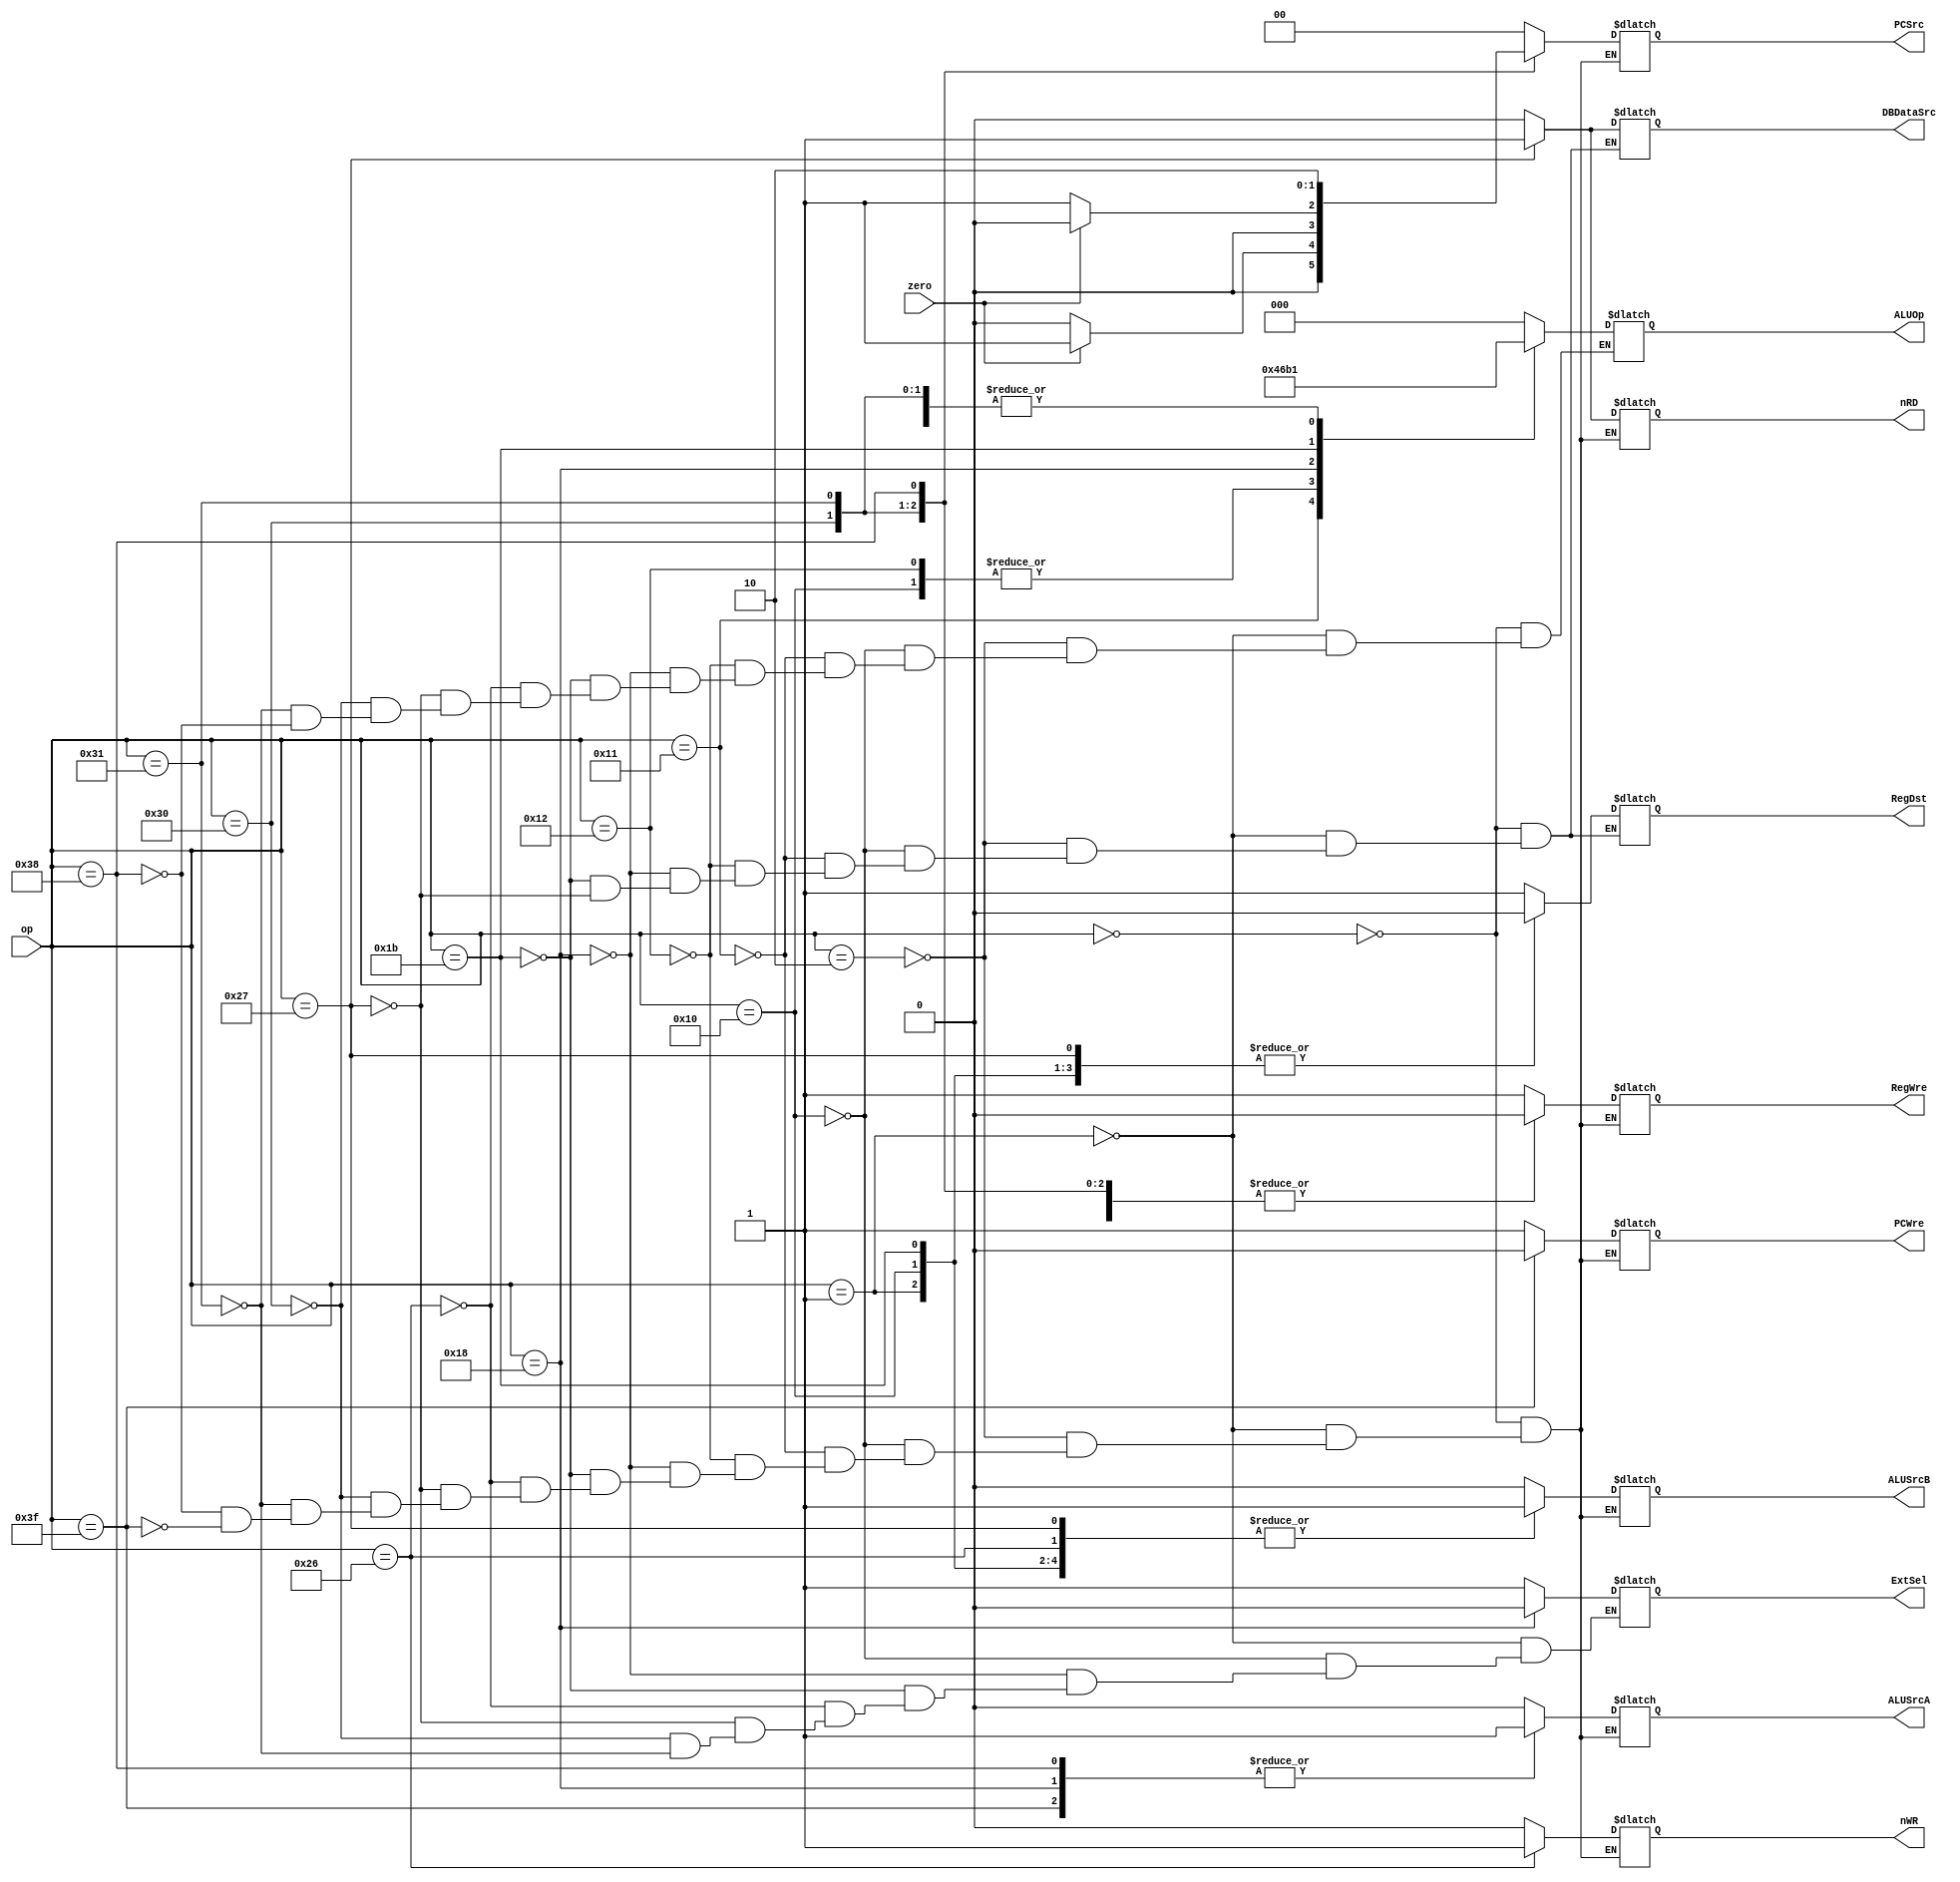
`timescale 1ns / 1ps
//////////////////////////////////////////////////////////////////////////////////
// Company: 
// Engineer: 
// 
// Design Name: 
// Module Name: Control_Unit
// Project Name: 
// Target Devices: 
// Tool Versions: 
// Description: 
// 
// Dependencies: 
// 
// Revision:
// Revision 0.01 - File Created
// Additional Comments:
// 
//////////////////////////////////////////////////////////////////////////////////


module Control_Unit(
    input [5:0] op,
    input zero,
    output reg PCWre,
    output reg ALUSrcA,
    output reg ALUSrcB,
    output reg DBDataSrc,
    output reg RegWre,
    output reg nRD,
    output reg nWR,
    output reg RegDst,
    output reg ExtSel,
    output reg [1:0] PCSrc,
    output reg [2:0] ALUOp
);
    initial begin
        PCWre = 1;
        PCSrc = 2'b00;
    end
    
    always @(op or zero) begin
        case(op)
            6'b000000 : begin //add
                PCWre <= 1;
                ALUSrcA <= 0;
                ALUSrcB <= 0;
                DBDataSrc <= 0;
                RegWre <= 1;
                nRD <= 0;
                nWR <= 0;
                RegDst <= 1; 
                PCSrc = 2'b00;
                ALUOp = 3'b000;
            end
            6'b000001 : begin //addi
                PCWre <= 1;
                ALUSrcA <= 0;
                ALUSrcB <= 1;
                DBDataSrc <= 0;
                RegWre <= 1;
                nRD <= 0;
                nWR <= 0;
                RegDst <= 0;
                ExtSel <= 1;
                PCSrc = 2'b00;
                ALUOp = 3'b000;
            end
            6'b000010 : begin //sub
                PCWre <= 1;
                ALUSrcA <= 0;
                ALUSrcB <= 0;
                DBDataSrc <= 0;
                RegWre <= 1;
                nRD <= 0;
                nWR <= 0;
                RegDst <= 1;
                PCSrc = 2'b00;
                ALUOp = 3'b001;
            end
            6'b010000 : begin //ori
                PCWre <= 1;
                ALUSrcA <= 0;
                ALUSrcB <= 1;
                DBDataSrc <= 0;
                RegWre <= 1;
                nRD <= 0;
                nWR <= 0;
                RegDst <= 0;
                ExtSel <= 1;
                PCSrc = 2'b00;
                ALUOp = 3'b011;
            end
            6'b010001 : begin //and
                PCWre <= 1;
                ALUSrcA <= 0;
                ALUSrcB <= 0;
                DBDataSrc <= 0;
                RegWre <= 1;
                nRD <= 0;
                nWR <= 0;
                RegDst <= 1;
                PCSrc = 2'b00;
                ALUOp = 3'b100;
            end
            6'b010010 : begin //or
                PCWre <= 1;
                ALUSrcA <= 0;
                ALUSrcB <= 0;
                DBDataSrc <= 0;
                RegWre <= 1;
                nRD <= 0;
                nWR <= 0;
                RegDst <= 1; 
                PCSrc = 2'b00;
                ALUOp = 3'b011;
            end
            6'b011000 : begin //sll
                PCWre <= 1;
                ALUSrcA <= 1;
                ALUSrcB <= 0;
                DBDataSrc <= 0;
                RegWre <= 1;
                nRD <= 0;
                nWR <= 0;
                RegDst <= 1;
                ExtSel = 0; 
                PCSrc = 2'b00;
                ALUOp = 3'b010;
            end
            6'b011011 : begin //slti
                PCWre <= 1;
                ALUSrcA <= 0;
                ALUSrcB <= 1;
                DBDataSrc <= 0;
                RegWre <= 1;
                nRD <= 0;
                nWR <= 0;
                RegDst <= 0;
                ExtSel <= 1;
                PCSrc = 2'b00;
                ALUOp = 3'b110;
            end
            6'b100110 : begin //sw
                PCWre <= 1;
                ALUSrcA <= 0;
                ALUSrcB <= 1;
                RegWre <= 0;
                nRD <= 0;
                nWR <= 1; 
                ExtSel <= 1;
                PCSrc = 2'b00;
                ALUOp = 3'b000;
            end
            6'b100111 : begin //lw
                PCWre <= 1;
                ALUSrcA <= 0;
                ALUSrcB <= 1;
                DBDataSrc <= 1;
                RegWre <= 1;
                nRD <= 1;
                nWR <= 0;
                RegDst <= 0;
                ExtSel <= 1;
                PCSrc = 2'b00;
                ALUOp = 3'b000;
            end
            6'b110000 : begin //beq
                PCWre <= 1;
                ALUSrcA <= 0;
                ALUSrcB <= 0;
                RegWre <= 0;
                nRD <= 0;
                nWR <= 0;
                ExtSel <= 1;
                if(zero == 1) PCSrc = 2'b01;
                else PCSrc = 2'b00;
                ALUOp = 3'b001;
            end
            6'b110001 : begin //bne
                PCWre <= 1;
                ALUSrcA <= 0;
                ALUSrcB <= 0;
                RegWre <= 0;
                nRD <= 0;
                nWR <= 0;
                ExtSel <= 1; 
                if(zero == 1) PCSrc = 2'b00;
                else PCSrc = 2'b01;
                ALUOp = 3'b001;
            end
            6'b111000 : begin //j
                PCWre <= 1;
                ALUSrcA <= 1;
                ALUSrcB <= 0;
                RegWre <= 0;
                nRD <= 0;
                nWR <= 0; 
                PCSrc = 2'b10;
                ALUOp = 3'b000;
            end
            6'b111111 : begin //halt
                PCWre <= 0;
                ALUSrcA <= 1;
                ALUSrcB <= 0;
                RegWre <= 0;
                nRD <= 0;
                nWR <= 0;
                PCSrc = 2'b00;
            end
        endcase
    end

endmodule